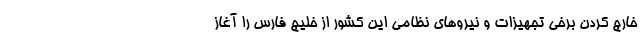
خارج کردن برخی تجهیزات و نیروهای نظامی این کشور از خلیج فارس را آغاز